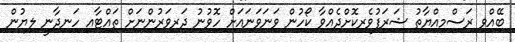
ބޭއްވި ރަސްމިއްޔާތު ޝަރަފުވެރިކޮށްދެއްވާ ކޯހުން ވަނަވަނައަށް ހޮވުނު ދަރިވަރުންނަށް ތައްޓާއި ހަނދާނީ ލިޔުން